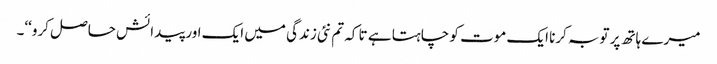
میرے ہاتھ پر توبہ کرنا ایک موت کو چاہتا ہے تا کہ تم نئی زندگی میں ایک اور پیدائش حاصل کرو‘‘۔